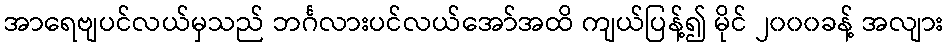
အာရေဗျပင်လယ်မှသည် ဘင်္ဂလားပင်လယ်အော်အထိ ကျယ်ပြန့်၍ မိုင် ၂၀၀၀ခန့် အလျား